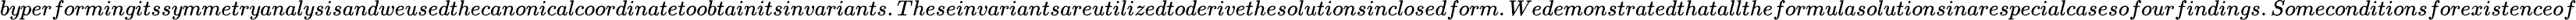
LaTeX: byperformingitssymmetryanalysisandweusedthecanonicalcoordinatetoobtainitsinvariants.Theseinvariantsareutilizedtoderivethesolutionsinclosedform.Wedemonstratedthatalltheformulasolutionsinarespecialcasesofourfindings.Someconditionsforexistenceof